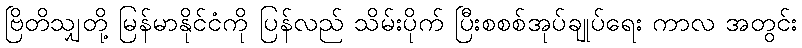
ဗြိတိသျှတို့ မြန်မာနိုင်ငံကို ပြန်လည် သိမ်းပိုက် ပြီးစစစ်အုပ်ချုပ်ရေး ကာလ အတွင်း